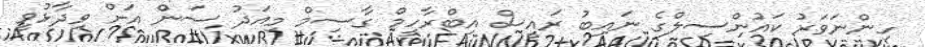
ހިންނަވަރު ކައުންސިލްގެ ނައިބު ރައީސް އިބްރާހީމް ގާސިމް މިއަދު ސަން އަށް ވިދާޅުވީ